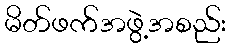
မိတ်ဖက်အဖွဲ့အစည်း